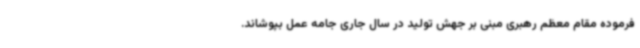
فرموده مقام معظم رهبری مبنی بر جهش تولید در سال جاری جامه عمل بپوشاند.